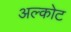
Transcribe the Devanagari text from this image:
अल्कोट